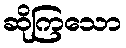
ဆိုကြသော